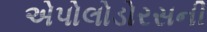
એપોલોડોરસની